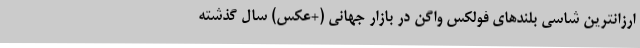
ارزانترین شاسی بلندهای فولکس واگن در بازار جهانی (+عکس) سال گذشته